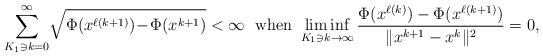
LaTeX: \begin{align*}\sum_{K_1\ni k=0}^{\infty}\!\sqrt{\Phi(x^{\ell(k+1)})\!-\!\Phi(x^{k+1})}<\infty\ \ {\rm when}\ \liminf_{K_1\ni k\to\infty}\frac{\Phi(x^{\ell(k)})-\Phi(x^{\ell(k+1)})}{\|x^{k+1}-x^k\|^2}=0,\end{align*}